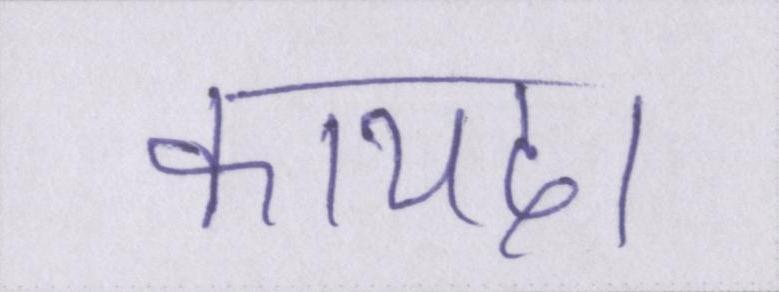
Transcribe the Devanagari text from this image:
कायदा